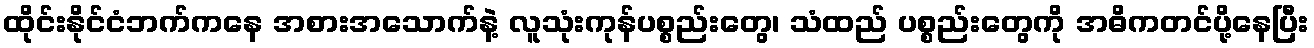
ထိုင်းနိုင်ငံဘက်ကနေ အစားအသောက်နဲ့ လူသုံးကုန်ပစ္စည်းတွေ၊ သံထည် ပစ္စည်းတွေကို အဓိကတင်ပို့နေပြီး